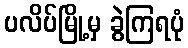
ပလိပ်မြို့မှ ခွဲကြရပုံ